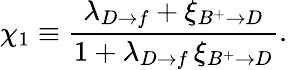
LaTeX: \chi_{1}\equiv\frac{\lambda_{D\rightarrow f}+\xi_{B^{+}\rightarrow D}}{1+\lambda_{D\rightarrow f}\, \xi_{B^{+}\rightarrow D}}.